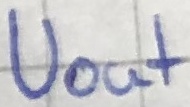
Text: Uout